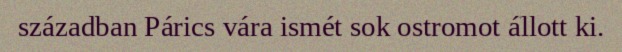
században Párics vára ismét sok ostromot állott ki.